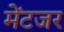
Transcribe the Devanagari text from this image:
मेंटजर